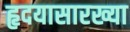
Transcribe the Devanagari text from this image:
हृदयासारख्या